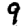
Digit: 9